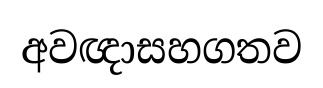
අවඥාසහගතව